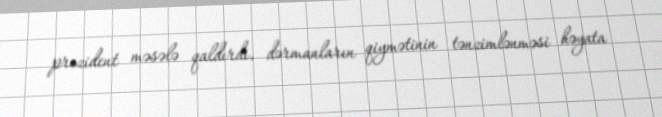
prezident məsələ qaldırdı, dərmanların qiymətinin tənzimlənməsi həyata